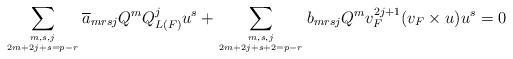
LaTeX: \begin{align*} \sum_{m,s,j \atop 2m+2j+s=p-r} \overline a_{mrsj}Q^m Q_{L(F)}^j u^s + \sum_{m,s,j \atop 2m+2j+s+2=p-r} b_{mrsj} Q^m v_F^{2j+1} (v_F\times u)u^s=0\end{align*}